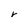
Character: r